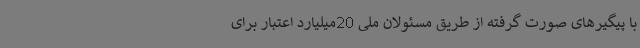
با پیگیرهای صورت گرفته از طریق مسئولان ملی 20میلیارد اعتبار برای